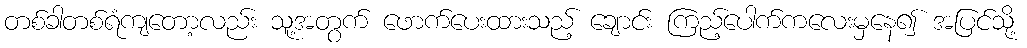
တစ်ခါတစ်ရံကျတော့လည်း သူ့အတွက် ဖောက်ပေးထားသည့် ချောင်း ကြည့်ပေါက်ကလေးမှနေ၍ အပြင်သို့